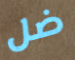
ضل